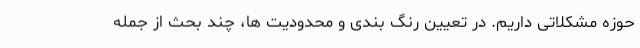
حوزه مشکلاتی داریم. در تعیین رنگ بندی و محدودیت ها، چند بحث از جمله